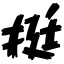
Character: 挺